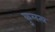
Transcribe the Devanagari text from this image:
कुलत्थ